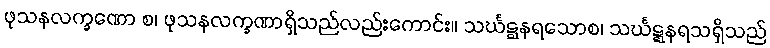
ဖုသနလက္ခဏော စ၊ ဖုသနလက္ခဏာရှိသည်လည်းကောင်း။ သင်္ဃဋ္ဋနရသောစ၊ သင်္ဃဋ္ဋနရသရှိသည်